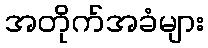
အတိုက်အခံများ